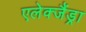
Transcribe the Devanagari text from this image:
एलेक्जैंड्रा